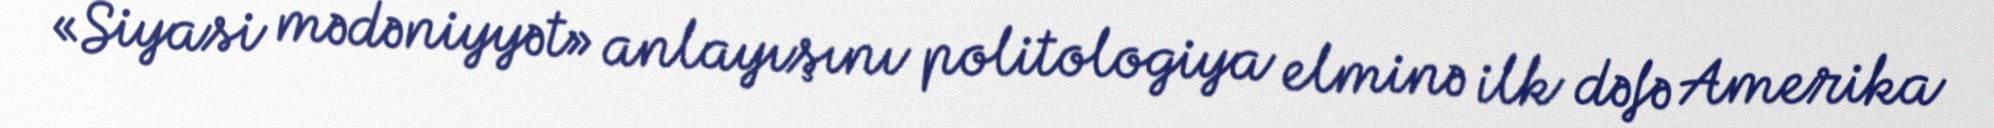
«Siyasi mədəniyyət» anlayışını politologiya elminə ilk dəfə Amerika